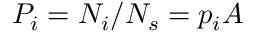
P _ { i } = N _ { i } / N _ { s } = p _ { i } A